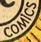
COMICS